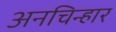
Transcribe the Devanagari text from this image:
अनचिन्हार